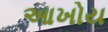
આખોય